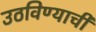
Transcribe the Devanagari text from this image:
उठविण्याची